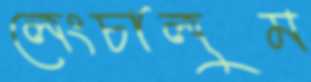
লেংচালুম